Lunatic asylums in Bengal annual reports 1912-1924 - 1912-1924
Year: 1912
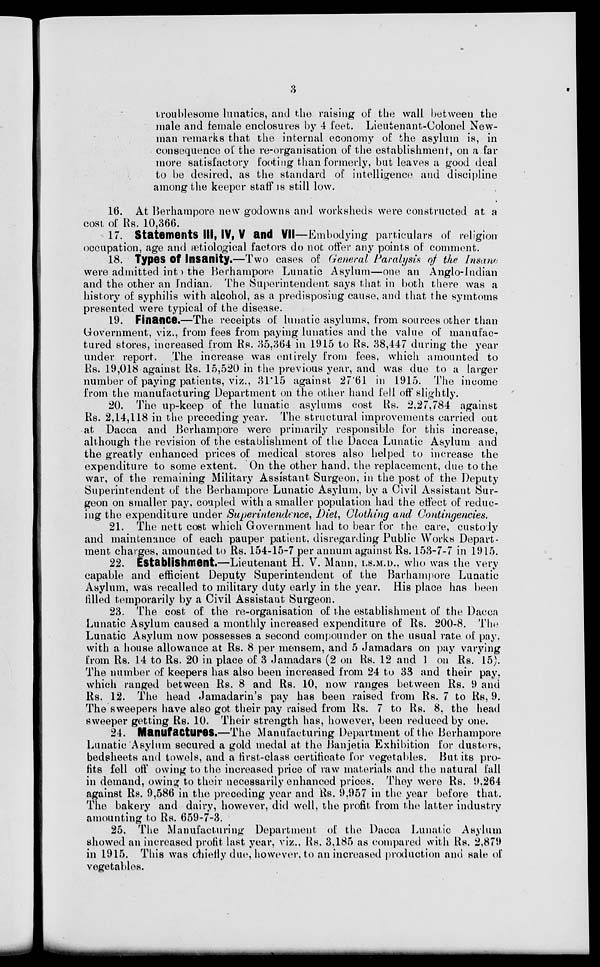
3
troublesome lunatics, and the raising of the wall between the
male and female enclosures by 4 feet. Lieutenant-Colonel New-
man remarks that the internal economy of the asylum is, in
consequence of the re-organisation of the establishment, on a far
more satisfactory footing than formerly, but leaves a good deal
to be desired, as the standard of intelligence and discipline
among the keeper staff is still low.
16. At Berhampore new godowns and worksheds were constructed at a
cost of Rs. 10,366.
17. Statements III, IV, V and VII—Embodying particulars of religion
occupation, age and ætiological factors do not offer any points of comment.
18. Types of Insanity.—Two cases of General Paralysis of the Insane
were admitted into the Berhampore Lunatic Asylum—one an Anglo-Indian
and the other an Indian. The Superintendent says that in both there was a
history of syphilis with alcohol, as a predisposing cause, and that the symtoms
presented were typical of the disease.
19. Finance.—The receipts of lunatic asylums, from sources other than
Government, viz., from fees from paying lunatics and the value of manufac-
tured stores, increased from Rs. 35,364 in 1915 to Rs. 38,447 during the year
under report. The increase was entirely from fees, which amounted to
Rs. 19,018 against Rs. 15,520 in the previous year, and was due to a larger
number of paying patients, viz., 31.15 against 27.61 in 1915. The income
from the manufacturing Department on the other hand fell off slightly.
20. The up-keep of the lunatic asylums cost Rs. 2,27,784 against
Rs. 2,14,118 in the preceding year. The structural improvements carried out
at Dacca and Berhampore were primarily responsible for this increase,
although the revision of the establishment of the Dacca Lunatic Asylum and
the greatly enhanced prices of medical stores also helped to increase the
expenditure to some extent. On the other hand, the replacement, due to the
war, of the remaining Military Assistant Surgeon, in the post of the Deputy
Superintendent of the Berhampore Lunatic Asylum, by a Civil Assistant Sur-
geon on smaller pay, coupled with a smaller population had the effect of reduc-
ing the expenditure under Superintendence, Diet, Clothing and Contingencies.
21. The nett cost which Government had to bear for the care, custody
and maintenance of each pauper patient, disregarding Public Works Depart-
ment charges, amounted to Rs. 154-15-7 per annum against Rs. 153-7-7 in 1915.
22. Establishment.—Lieutenant H. V. Mann, I.S.M.D., who was the very
capable and efficient Deputy Superintendent of the Barhampore Lunatic
Asylum, was recalled to military duty early in the year. His place has been
filled temporarily by a Civil Assistant Surgeon.
23. The cost of the re-organisation of the establishment of the Dacca
Lunatic Asylum caused a monthly increased expenditure of Rs. 200-8. The
Lunatic Asylum now possesses a second compounder on the usual rate of pay.
with a house allowance at Rs. 8 per mensem, and 5 Jamadars on pay varying
from Rs. 14 to Rs. 20 in place of 3 Jamadars (2 on Rs. 12 and 1 on Rs. 15).
The number of keepers has also been increased from 24 to 33 and their pay,
which ranged between Rs. 8 and Rs. 10, now ranges between Rs. 9 and
Rs. 12. The head Jamadarin's pay has been raised from Rs. 7 to Rs, 9.
The sweepers have also got their pay raised from Rs. 7 to Rs. 8, the head
sweeper getting Rs. 10. Their strength has, however, been reduced by one.
24. Manufactures.—The Manufacturing Department of the Berhampore
Lunatic Asylum secured a gold medal at the Banjetia Exhibition for dusters,
bedsheets and towels, and a first-class certificate for vegetables. But its pro-
fits fell off owing to the increased price of raw materials and the natural fall
in demand, owing to their necessarily enhanced prices. They were Rs. 9,264
against Rs. 9,586 in the preceding year and Rs. 9,957 in the year before that.
The bakery and dairy, however, did well, the profit from the latter industry
amounting to Rs. 659-7-3.
25. The Manufacturing Department of the Dacca Lunatic Asylum
showed an increased profit last year, viz., Rs. 3,185 as compared with Rs. 2,879
in 1915. This was chiefly due, however, to an increased production and sale of
vegetables.